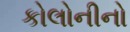
કોલોનીનો